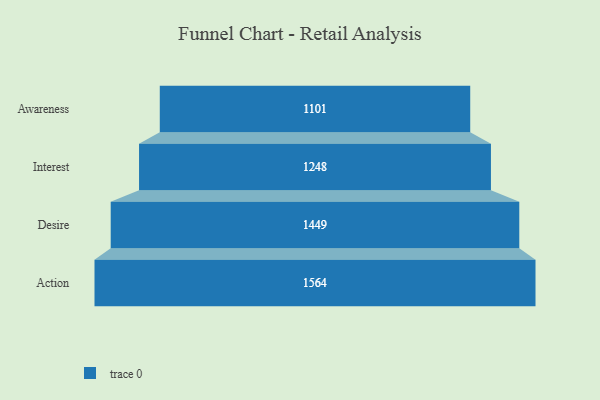
{"axis": {"x": "Stage", "y": "Value"}, "legend": [""], "data": [{"x": "Awareness", "y": 1101.0, "type": ""}, {"x": "Interest", "y": 1248.0, "type": ""}, {"x": "Desire", "y": 1449.0, "type": ""}, {"x": "Action", "y": 1564.0, "type": ""}]}